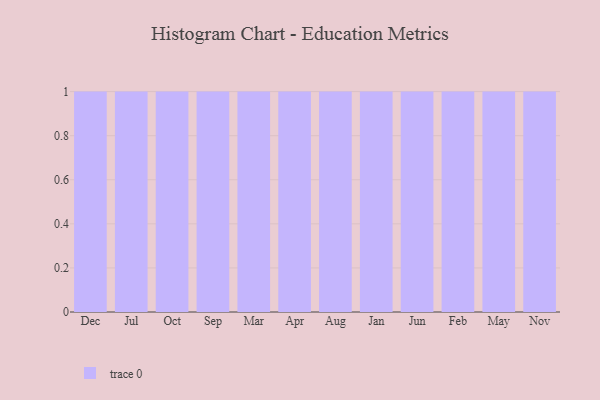
{"axis": {"x": "Month", "y": "Market Share (%)"}, "legend": [""], "data": [{"x": "Dec", "y": 82, "type": ""}, {"x": "Jul", "y": 6, "type": ""}, {"x": "Oct", "y": 33, "type": ""}, {"x": "Sep", "y": 62, "type": ""}, {"x": "Mar", "y": 86, "type": ""}, {"x": "Apr", "y": 62, "type": ""}, {"x": "Aug", "y": 90, "type": ""}, {"x": "Jan", "y": 32, "type": ""}, {"x": "Jun", "y": 23, "type": ""}, {"x": "Feb", "y": 71, "type": ""}, {"x": "May", "y": 95, "type": ""}, {"x": "Nov", "y": 77, "type": ""}]}